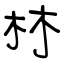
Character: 林